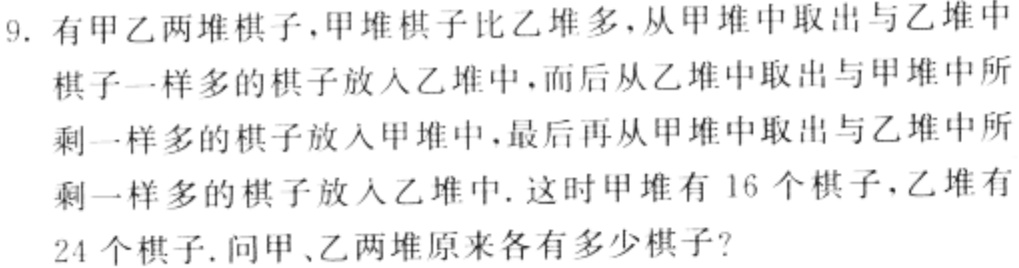
9. 有甲乙两堆棋子，甲堆棋子比乙堆多，从甲堆中取出与乙堆中棋子一样多的棋子放入乙堆中，而后从乙堆中取出与甲堆中所剩一样多的棋子放入甲堆中，最后再从甲堆中取出与乙堆中所剩一样多的棋子放入乙堆中. 这时甲堆有 16 个棋子，乙堆有24 个棋子. 问甲、乙两堆原来各有多少棋子？